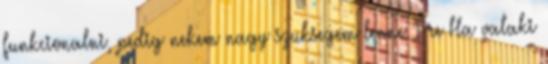
funkcionalni, pedig nekem nagy szuksegem lenne 1-re Ha valaki